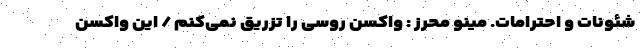
شئونات و احترامات. مینو محرز : واکسن روسی را تزریق نمی‌کنم / این واکسن